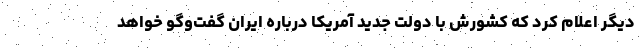
دیگر اعلام کرد که کشورش با دولت جدید آمریکا درباره ایران گفت‌وگو خواهد